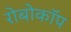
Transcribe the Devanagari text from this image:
रोबोकाॅप